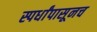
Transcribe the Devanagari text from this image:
स्पर्धांपासूनच